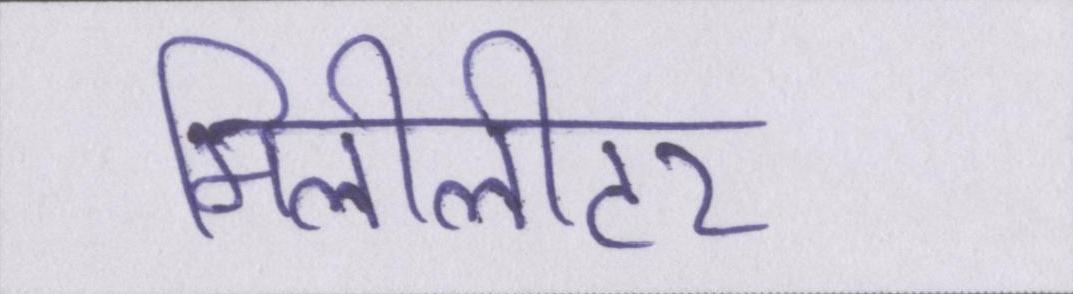
मिलीलीटर